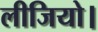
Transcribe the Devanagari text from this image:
लीजियो।